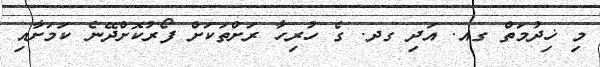
މި ޚިދުމަތް ގއ. އަދި ގދ. ގެ ހުރިހާ ރަށްތަކަށް ފޯރުކޮށްދޭނެ ކަމަށާއި